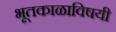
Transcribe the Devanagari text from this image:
भूतकाळाविषयी